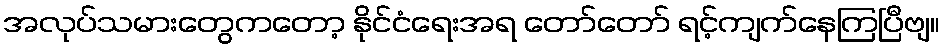
အလုပ်သမားတွေကတော့ နိုင်ငံရေးအရ တော်တော် ရင့်ကျက်နေကြပြီဗျ။